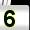
Digit: 5